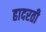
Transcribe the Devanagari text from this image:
हादरती